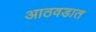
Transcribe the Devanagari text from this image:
आठवडात